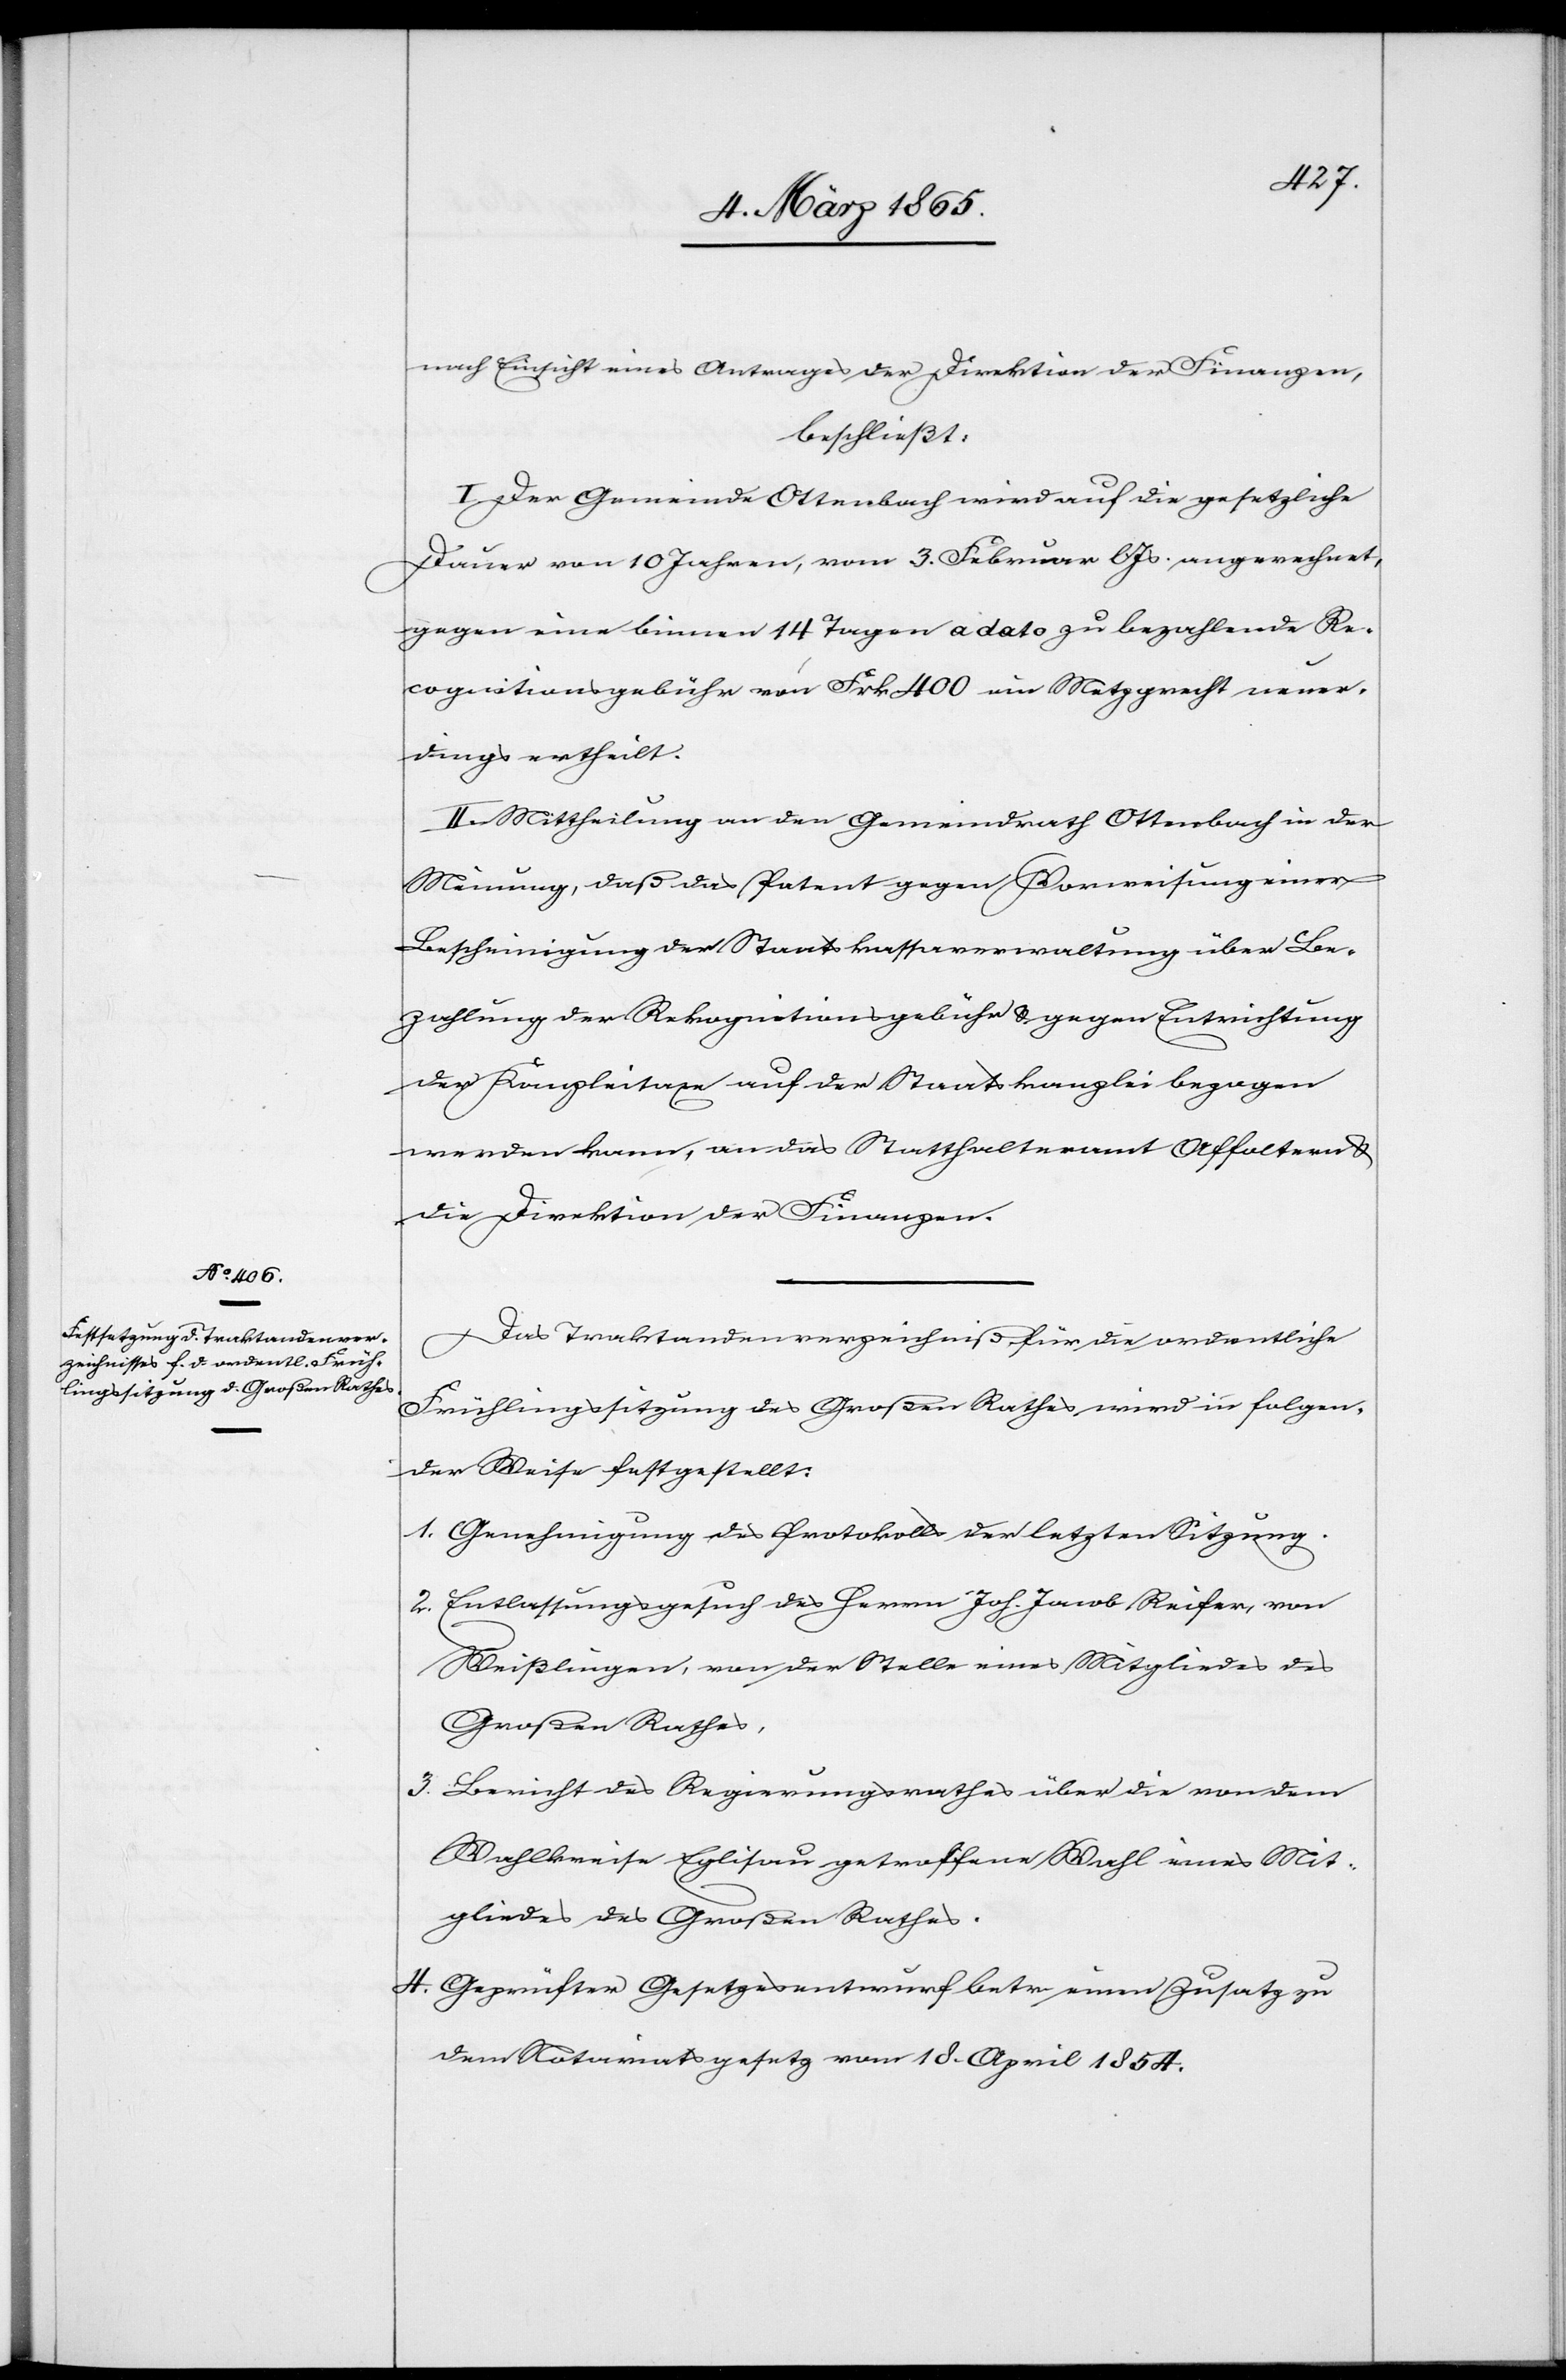
nach Einsicht eines Antrages der Direktion der Finanzen,
beschließt:
I. Der Gemeinde Ottenbach wird auf die gesetzliche
Dauer von 10 Jahren, vom 3. Februar l Js. an gerechnet,
gegen eine binnen 14 Tagen a dato zu bezahlende Re¬
cognitionsgebühr von Frk. 400 ein Metzgrecht neuer¬
dings ertheilt.
II. Mittheilung an den Gemeindrath Ottenbach in der
Meinung, daß das Patent gegen Vorweisung einer
Bescheinigung der Staatskassaverwaltung über Be¬
zahlung der Rekognitionsgebühr u. gegen Entrichtung
der Kanzleitaxe auf der Staatskanzlei bezogen
werden kann, an das Statthalteramt Affoltern u.
die Direktion der Finanzen.
Das Traktandenverzeichniß für die ordentliche
Frühlingssitzung des Großen Rathes wird in folgen¬
der Weise festgestellt:
1. Genehmigung des Protokolls der letzten Sitzung.
2. Entlassungsgesuch des Herrn Joh. Jacob Reifer, von
Weißlingen, von der Stelle eines Mitgliedes des
Großen Rathes,
3. Bericht des Regierungsrathes über die von dem
Wahlkreise Eglisau getroffene Wahl eines Mit¬
gliedes des Großen Rathes.
4. Geprüfter Gesetzesentwurf betr. einen Zusatz zu
dem Notariatsgesetz vom 18. April 1854.